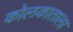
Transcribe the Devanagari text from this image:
कोलकाताला